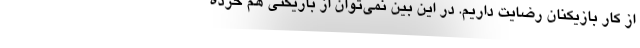
از کار بازیکنان رضایت داریم. در این بین نمی‌توان از بازیکنی هم خرده